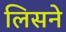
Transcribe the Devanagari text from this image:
लिसने